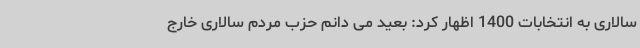
سالاری به انتخابات 1400 اظهار کرد: بعید می دانم حزب مردم سالاری خارج